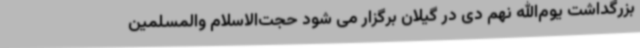
بزرگداشت یوم‌الله نهم دی در گیلان برگزار می شود حجت‌الاسلام والمسلمین